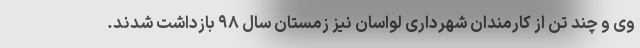
وی و چند تن از کارمندان شهرداری لواسان نیز زمستان سال ۹۸ بازداشت شدند.